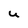
Character: U